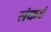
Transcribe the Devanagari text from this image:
संकटं